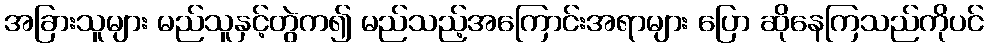
အခြားသူများ မည်သူနှင့်တွဲက၍ မည်သည့်အကြောင်းအရာများ ပြော ဆိုနေကြသည်ကိုပင်